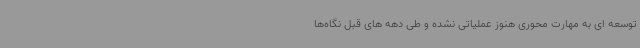
توسعه ای به مهارت محوری هنوز عملیاتی نشده و طی دهه های قبل نگاه‌ها